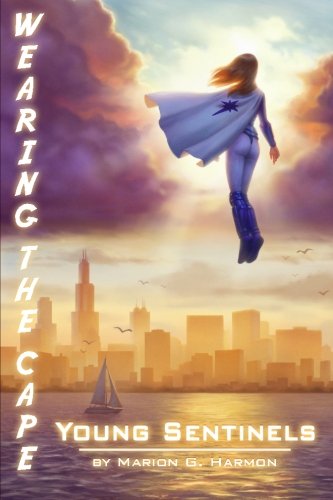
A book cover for Young Sentinels (Wearing the Cape); Marion G. Harmon; Science Fiction & Fantasy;